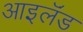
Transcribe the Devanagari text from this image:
आइलॅंड